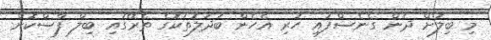
މި ބިލަށް ދެން ގެނެސްފައި ހުރި އެހެން ބަދަލުތަކުގެ ތެރޭގައި ބިލް ފާސްކޮށް